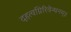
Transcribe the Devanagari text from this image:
दहत्वग्निरिवेन्धनम्॥